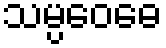
သမ္ပဝေဓေ